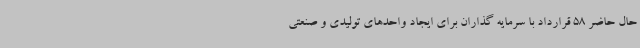
حال حاضر 58 قرارداد با سرمایه گذاران برای ایجاد واحدهای تولیدی و صنعتی